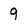
Character: 9